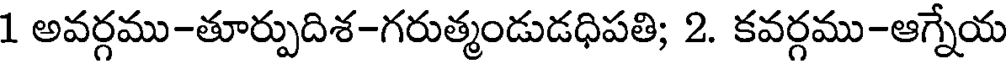
1 అవర్గము-తూర్పుదిశ-గరుత్మండుడధిపతి; 2. కవర్గము-ఆగ్నేయ